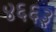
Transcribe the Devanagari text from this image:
४६६३